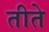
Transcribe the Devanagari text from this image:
तीते